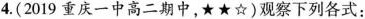
4.(2019重庆一中高二期中，★★☆)观察下列各式：